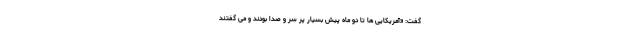
گفت: «آمریکایی ها تا دو ماه پیش بسیار پر سر و صدا بودند و می گفتند